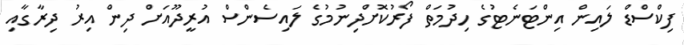
ފިކްސްޑް ލައިން އިންޓަނެޓުގެ ހިދުމަތް ފޯރުކޮށްދިނުމުގެ ލައިސެންސް އުރީދޫއަށް ދިން އިރު ދިރާގާއި